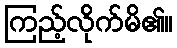
ကြည့်လိုက်မိ၏။